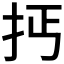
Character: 𢪪